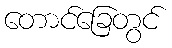
တောင်ခြေတွင်